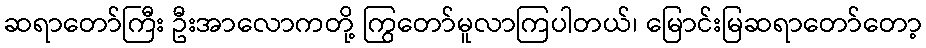
ဆရာတော်ကြီး ဦးအာလောကတို့ ကြွတော်မူလာကြပါတယ်၊ မြောင်းမြဆရာတော်တော့